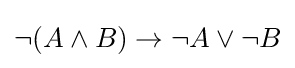
\neg (A\land B)\to \neg A\lor \neg B